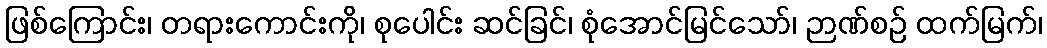
ဖြစ်ကြောင်း၊ တရားကောင်းကို၊ စုပေါင်း ဆင်ခြင်၊ စုံအောင်မြင်သော်၊ ဉာဏ်စဉ် ထက်မြက်၊